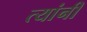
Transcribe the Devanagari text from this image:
त्यांनी